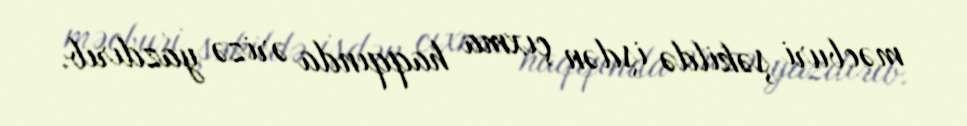
məcburi şəkildə işdən çıxma haqqında ərizə yazdırıb.